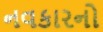
નવકારનો